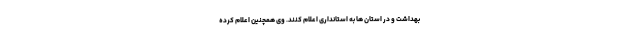
بهداشت و در استان ها به استانداری اعلام کنند. وی همچنین اعلام کرده